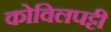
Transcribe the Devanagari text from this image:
कोविलपट्टी